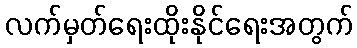
လက်မှတ်ရေးထိုးနိုင်ရေးအတွက်